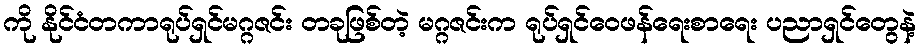
ကို နိုင်ငံတကာရုပ်ရှင်မဂ္ဂဇင်း တခုဖြစ်တဲ့ မဂ္ဂဇင်းက ရုပ်ရှင်ဝေဖန်ရေးစာရေး ပညာရှင်တွေနဲ့